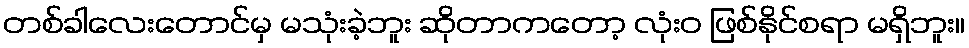
တစ်ခါလေးတောင်မှ မသုံးခဲ့ဘူး ဆိုတာကတော့ လုံးဝ ဖြစ်နိုင်စရာ မရှိဘူး။